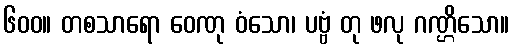
၆၀၀။ တစသာရော ဝေဏု ဝံသော၊ ပဗ္ဗံ တု ဖလု ဂဏ္ဌိသော။